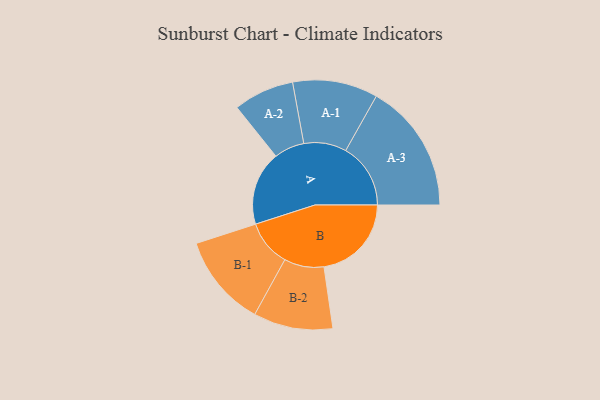
{"axis": {"x": "Segment", "y": "Value"}, "legend": ["", "A", "B"], "data": [{"x": "A", "y": 315, "type": ""}, {"x": "B", "y": 372, "type": ""}, {"x": "A-1", "y": 181, "type": "A"}, {"x": "A-2", "y": 129, "type": "A"}, {"x": "A-3", "y": 276, "type": "A"}, {"x": "B-1", "y": 197, "type": "B"}, {"x": "B-2", "y": 169, "type": "B"}]}